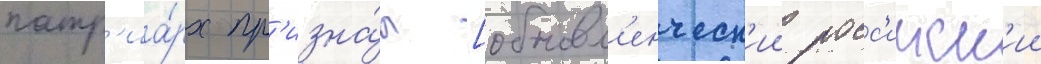
патр'иа́рх пр'изна́л [обновл'енческ'ии росс'ииск'ии